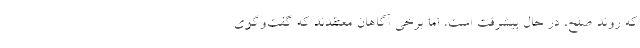
که روند صلح، در حال پیشرفت است، اما برخی آگاهان معتقدند که گفت‌وگوی